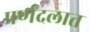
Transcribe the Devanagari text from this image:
पर्णदलात